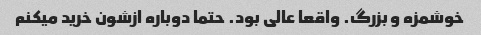
خوشمزه و بزرگ. واقعا عالی بود. حتما دوباره ازشون خرید میکنم